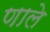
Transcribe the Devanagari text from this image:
णाले